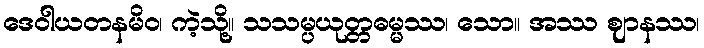
ဒေဝါယတနမိဝ၊ ကဲ့သို့။ သသမ္ပယုတ္တဓမ္မဿ၊ သော။ အဿ ဈာနဿ၊